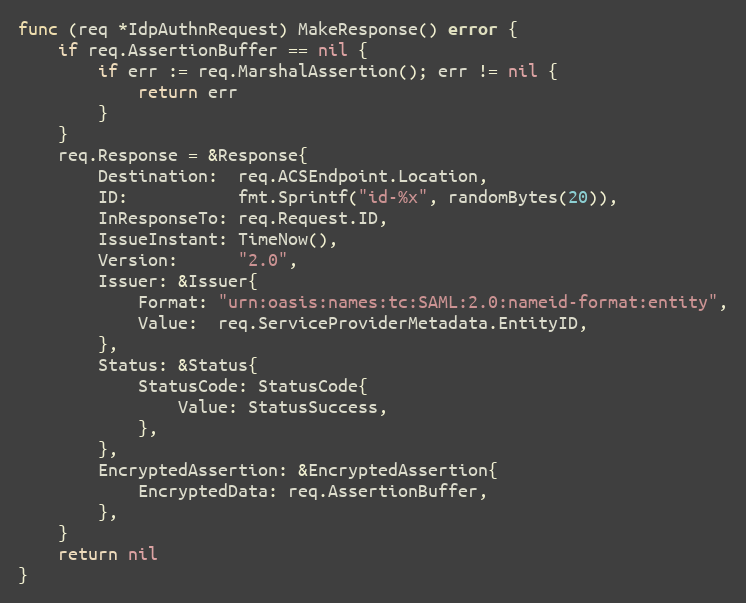
Language: Go
func (req *IdpAuthnRequest) MakeResponse() error {
	if req.AssertionBuffer == nil {
		if err := req.MarshalAssertion(); err != nil {
			return err
		}
	}
	req.Response = &Response{
		Destination:  req.ACSEndpoint.Location,
		ID:           fmt.Sprintf("id-%x", randomBytes(20)),
		InResponseTo: req.Request.ID,
		IssueInstant: TimeNow(),
		Version:      "2.0",
		Issuer: &Issuer{
			Format: "urn:oasis:names:tc:SAML:2.0:nameid-format:entity",
			Value:  req.ServiceProviderMetadata.EntityID,
		},
		Status: &Status{
			StatusCode: StatusCode{
				Value: StatusSuccess,
			},
		},
		EncryptedAssertion: &EncryptedAssertion{
			EncryptedData: req.AssertionBuffer,
		},
	}
	return nil
}